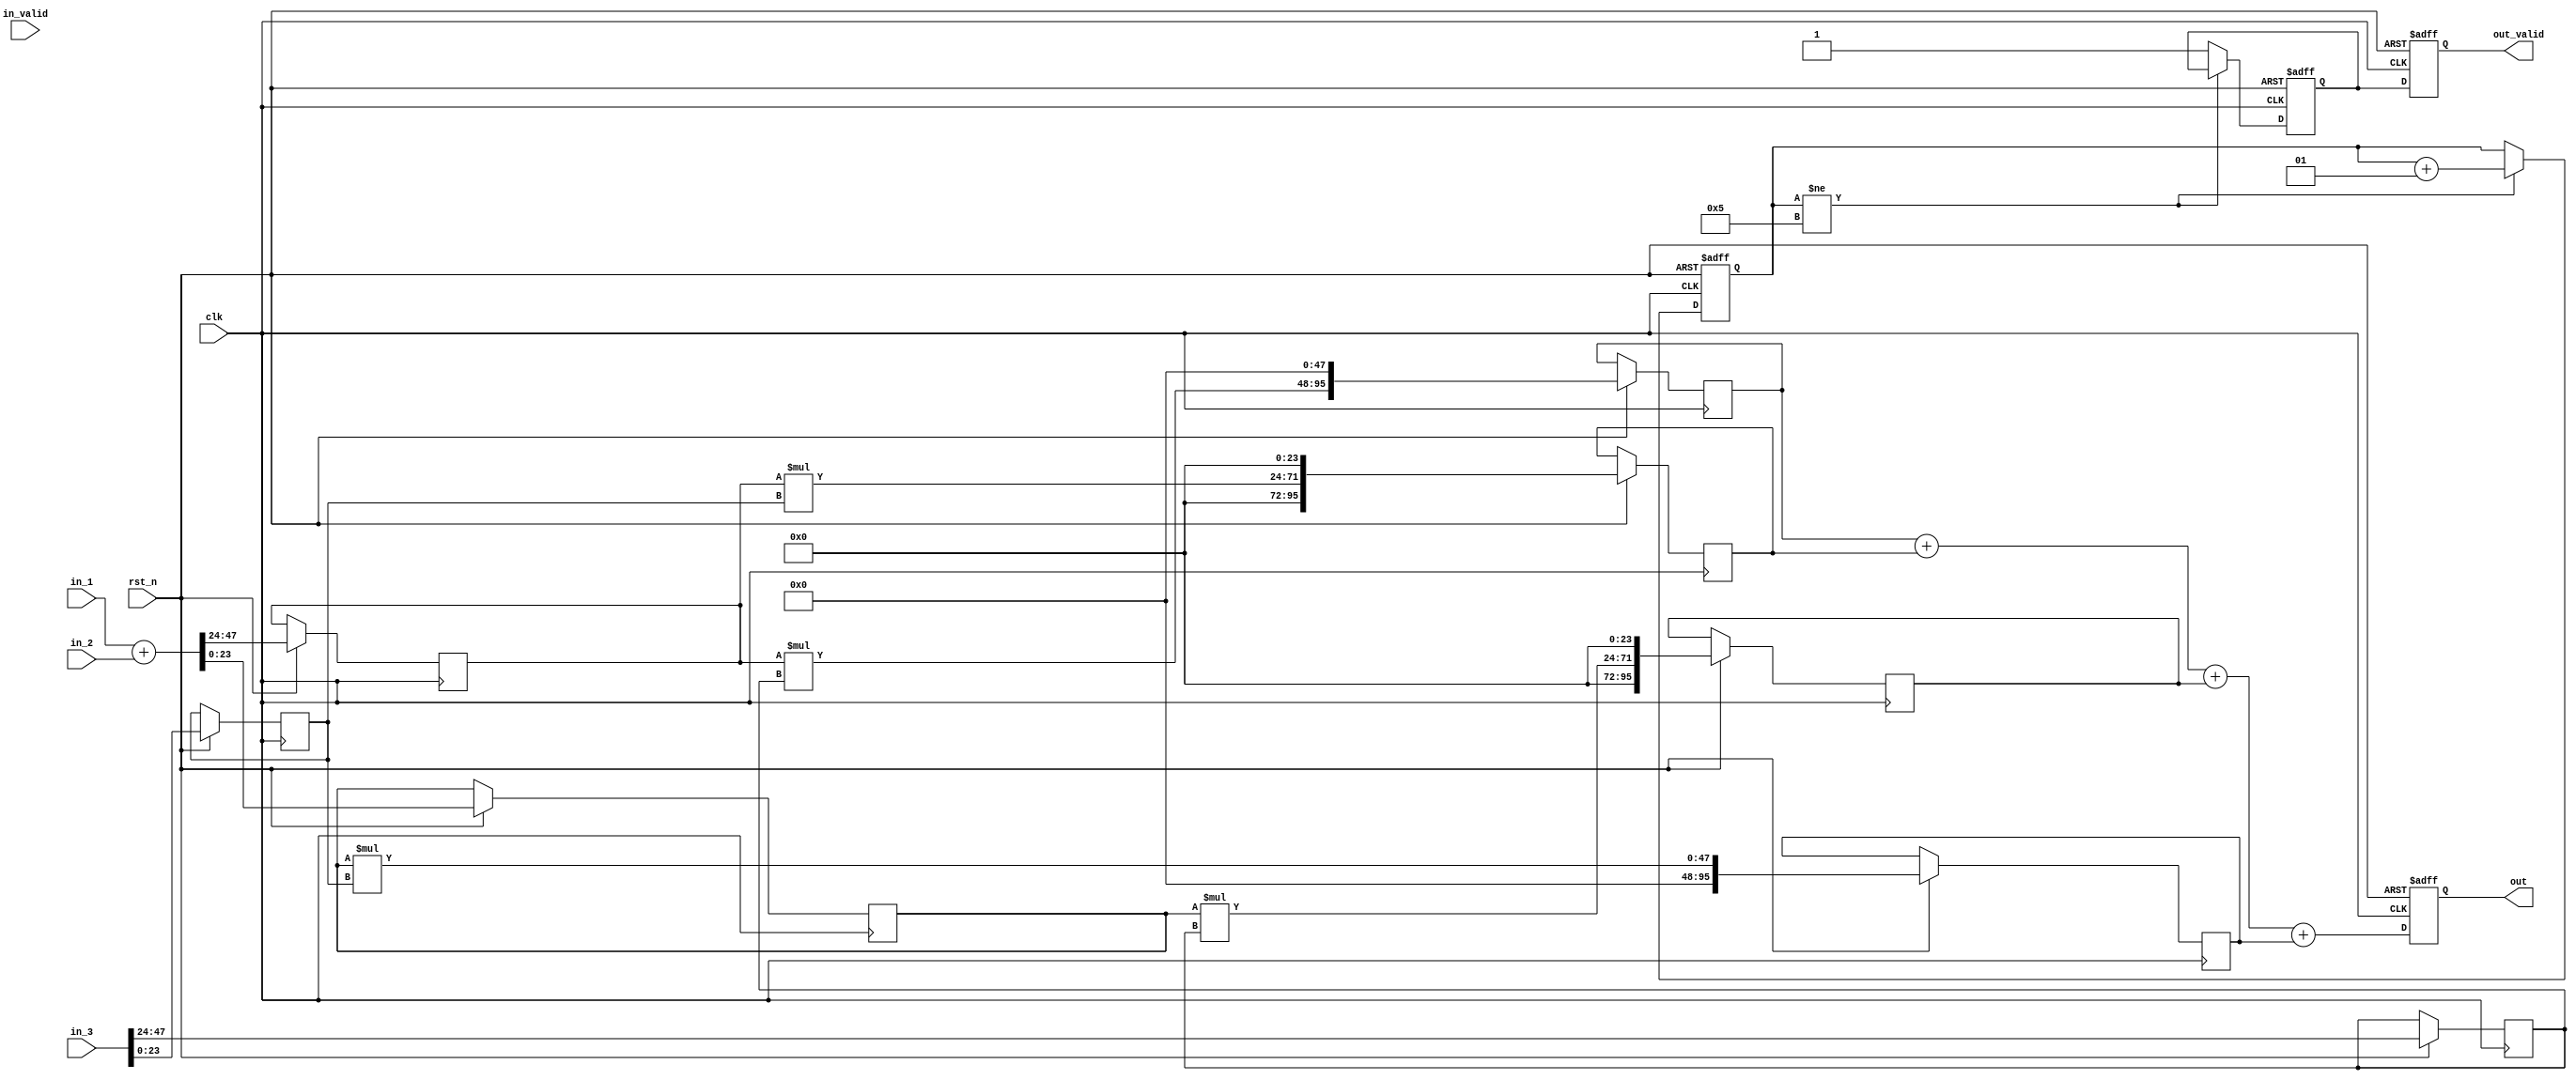
module P_MUL(
    // input signals
	in_1,
	in_2,
	in_3,
	in_valid,
	rst_n,
	clk,
	
    // output signals
    out_valid,
	out
);

//---------------------------------------------------------------------
//   INPUT AND OUTPUT DECLARATION                         
//---------------------------------------------------------------------
input [46:0] in_1, in_2;
input [47:0] in_3;
input in_valid, rst_n, clk;
output reg out_valid;
output reg [95:0] out;

//==============================================//
//  			 reg declaration				//
//==============================================//
// reg [47:0] A;
reg [23:0] A1, A2, B1, B2;
reg [95:0] A1B1, A1B2, A2B1, A2B2;
reg out_start;
//==============================================//
//             	  Your Design          		 	//
//==============================================//\
integer i;
always @(posedge clk or negedge rst_n) begin
	if (!rst_n) begin
		i <= 0;
		out <= 0;
		out_valid <= 0;
		out_start <= 0;
	end else  begin
		if(i != 5)
			i <= i+1;
		else
			out_start <= 1;
		{A1, A2} <= in_1 + in_2;
		{B1, B2} <= in_3;
		A1B1 <= ((A1 * B1) << 48);
		A1B2 <= ((A1 * B2) << 24);
		A2B1 <= ((A2 * B1) << 24);
		A2B2 <= (A2 * B2);
		out <= A1B1 + A1B2 + A2B1 + A2B2;
		out_valid <= out_start;
	end
end

endmodule